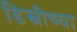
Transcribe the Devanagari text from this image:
डिस्नीच्या